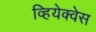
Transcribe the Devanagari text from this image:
व्हियेक्वेस